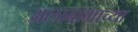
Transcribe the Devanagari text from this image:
अलाबामाच्या